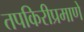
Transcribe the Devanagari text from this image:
तपकिरीप्रमाणे